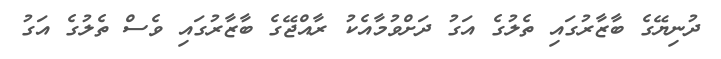
ދުނިޔޭގެ ބާޒާރުގައި ތެލުގެ އަގު ދަށްވުމާއެކު ރާއްޖޭގެ ބާޒާރުގައި ވެސް ތެލުގެ އަގު